Vital statistics of India. Vol. IV, Annual returns from 1871 to 1876. British Army of India, Native Army and jails of Bengal
Year: 1871
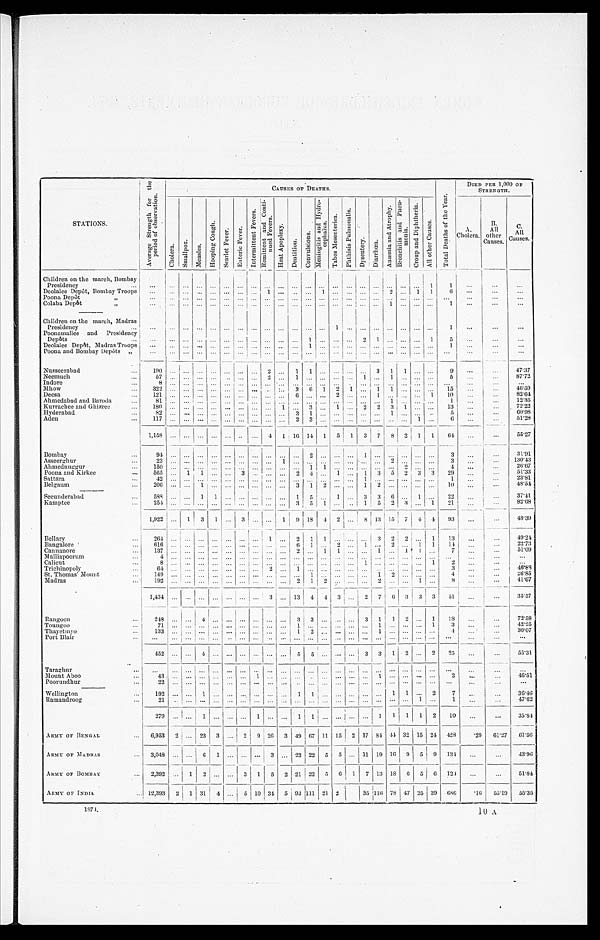
S T A T I O N S .
A v e r a g e S t r e n g t h f o r t h e p e r i o d o f o b s e r v a t i o n .
CAUSES OF DEATHS.
T o t a l D e a t h s o f t h e Y e a r .
DIED PER 1,000 OF
STRENGTH.
Ch o l e r a .
S m a l l p o x .
M e a s l e s .
H o o p i n g C o u g h .
S e a r l e t F e v e r .
E n t e r i c F e v e r .
I n t e r m i t t e n t F e v e r s . R e m i t t e n t a n d C o n t i - n u e d F e v e r s .
H e a t A p o p l e x y .
D e n t i t i o n . Co n v u l s i o n s .
M e n i n g i t i s a n d H y d r o - c e p h a l u s .
T a b e s M e s e n t e r i c a .
P h t h i s i s P u l m o n a l i s .
Dys e nt e r y.
D i a r r h œ a .
A n æ m i a a n d A t r o p h y .
B r o n c h i t i s a n d P n e u - m o n i a .
C r o u p a n d D i p h t h e r i a .
A l l o t h e r C a u s e s .
A .
Cholera.
B
A l l
other
Causes.
C.
All
Causes.
Children on the march, Bombay
Presidency . . .
. . .
. . .
. . .
. . .
. . .
. . .
. . . . . .
. . .
. . .
. . . . . . . . .
. . .
. . . . . . . . .
. . . . . . . . .
1
1
. . .
. . .
. . .
Deolalee Depôt, Bombay Troops
. . .
. . .
. . .
. . .
. . .
. . . . . . . . .
1
. . .
. . .. . . 1
. . .
. . .. . . . . .
2 . . . 1
1
6
. . .
. . .
. . .
Poona Depôt "
. . .
. . .
. . .
. . .
. . .
. . . . . .
. . .
. . .
. . .
. . . . . . . . .
. . .
. . . . . . . . .
. . . . . . . . . . . .
. . .
. . .
. . .
. . .
Colaba Depôt "
. . .
. . .
. . .
. . .
. . .
. . .
. . . . . .
. . .
. . .
. . .. . . . . .
. . .
. . .. . . . . .
1 . . . . . . . . .
1
. . .
. . .
. . .
Children on the march, Madras
Presidency . . .
. . .
. . .
. . .
. . .
. . .
. . .
. . . . . .
. . .
. . .
. . . . . . . . .
1
. . . . . . . . .
. . . . . . . . . . . .
1
. . .
. . .
. . .
Poonamallee and Presidency
Depôts . . .
. . .
. . .
. . .
. . .
. . .
. . .
. . . . . .
. . .
. . .
. . .
1
. . .
. . .
. . .2
1
. . .. . . . . . 1
5
. . .
. . .
. . .
Deolalee Depôt, Madras Troops
. . .
. . .
. . .
. . .
. . .
. . .
. . . . . .
. . .
. . .
. . . 1 . . .
. . .
. . . . . . . . .
. . . . . . . . . . . .
1
. . .
. . .
. . .
Poona and Bombay Depôts "
. . . . . .
. . .
. . .
. . .
. . . . . . . . .
. . .
. . .
. . . . . . . . .
. . .
. . . . . . . . .
. . . . . . . . . . . .
. . .
. . .
. . .
. . .
Nusseerabad . . .
1 9 0 . . .
. . .
. . .
. . .
. . .
. . . . . .
2
. . .
1 1
. . .
. . .
. . .. . . 3
1 1
. . . . . .
9 . . .
. . .
47.37
Neemuch . . .
5 7 . . .
. . .
. . .. . .
. . .
. . . . . .
2
. . .1
. . . . . .
. . .
. . .1
. . .
1 . . . . . . . . .
5
. . .
. . .
87.72
Indore . . .
8 . . .
. . .
. . .
. . .
. . .
. . . . . .
. . .
. . .
. . .. . . . . .
. . .
. . .. . . . . .
. . .. . . . . . . . .
. . .
. . .
. . .
. . .
Mhow . . .
322 . . .
. . .
. . .
. . .
. . .
. . . . . .
. . .
. . . 3
6
1
2
1 . . .
1
1 . . . . . .
. . .
15
. . .
. . .
46.59
D e e s a . . .
1 2 1 . . .
. . .
. . .
. . .
. . .
. . . . . .
. . .
. . .
6 . . .
. . .
2
. . .. . .
1
. . .. . . . . . 1
1 0
. . .
. . .
82.64
Ahmedabad and Baroda . . .
8 1
. . .
. . .
. . .
. . .
. . .
. . . . . .
. . .
. . .
. . .. . .
. . .
. . .
. . .. . .
. . .
1 . . . . . . . . .
1
. . .
. . .
12.35
Kurrachee and Ghizree . . .
1 8 0. . .
. . .
. . .
. . .
. . .
. . . . . .
. . .
1
. . .3
. . .
1
. . .2
2
3 1
. . . . . .
1 3
. . .
. . .
72. 22
Hyderabad . . .
8 2
. . .
. . .
. . .
. . .
. . .
. . . . . .
. . .
. . .
3 1
. . .
. . .
. . . . . .
. . .
1 . . . . . . . . .
5
. . .
. . .
60.98
Aden . . .
1 1 7. . .
. . .
. . .
. . .
. . .
. . . . . .
. . .
. . .
2 3
. . .
. . .
. . .. . .
. . .
. . .. . . 1
. . .
6
. . .
. . .
51.28
1,158
. . .
. . . . . .
. . .
. . . . . . . . .
4
1 16 14
1
5
1
3
7
8
2
1
1
6 4
. . .
. . .
55.27
Bombay . . .
9 4 . . .
. . .
. . .
. . .
. . .
. . .. . .
. . .
. . .
. . .
2
. . .
. . .
. . .1
. . .
. . .
. . .
. . .. . .
3
. . .
. . . 31.91
Asseerghur . . . 23
. . .
. . .
. . .
. . .
. . .
. . .. . .
. . .
1
. . .
. . .
. . .
. . .
. . .. . . . . .
2
. . .
. . .. . .
3
. . .
. . . 130.43
Ahmednuggur . . .
150
. . .
. . .
. . .
. . .
. . .
. . .. . .
. . .
. . .
. . .
1
1
. . .
. . .. . . . . .
. . .
2
. . .. . .
4
. . .
. . . 26.67
Poona and Kirkee . . .
565
. . .
1
1
. . .
. . . 3 . . .
. . .
. . . 2
4
. . . 1
. . . 1
3
5
2 3
3
2 9
. . .
. . .
51.33
Sattara . . .
42
. . .
. . .
. . .
. . .
. . .
. . .. . .
. . .
. . .
. . .
. . .
. . .
. . .
. . .1
. . .
. . .
. . .
. . .. . .
1
. . .
. . . 23.81
Belgaum . . .
206 . . .
. . .
1
. . .
. . .
. . .. . .
. . .
. . .
3
1
2
. . .
. . .1
2
. . .
. . .
. . .. . .
1 0
. . .
. . . 48.54
Secunderabad . . .
588
. . .
. . . 1
1
. . .
. . .
. . .
. . .
. . . 1
5 . . .
1
. . . 3
3
6
. . . 1
. . .
22
. . .
. . . 37.41
Kamptee . . .
254
. . .
. . .
. . .
. . .
. . .
. . .. . .
. . .
. . .
3 5 1
. . .
. . .1
5
2 3
. . .1
2 1
. . .
. . .
82.68
1,922
. . . 1
3
1
. . . 3
. . .
. . . 1
9 18 4
2
. . . 8 13 15
7
4 4
93
. . .
. . . 48.39
Bellary . . .
264
. . .
. . .
. . .
. . .
. . .
. . .
. . . 1
. . .
2
1
1
. . . . . . . . .
3
2
2
. . . 1
13
. . .
. . .
49.24
Bangalore . . .
6 1 6
. . .
. . .
. . .
. . .
. . .
. . .
. . .
. . .
. . .
6
1
. . .
2 . . . 1
. . .
2
. . .
1
1
1 4
. . .
. . .
22.73
Cannanore . . .
1 3 7
. . .
. . .
. . .
. . .
. . .
. . .
. . .
. . .
. . .
2
. . .
1
1 . . . . . .
1
. . .
1
1
. . .
7
. . .
. . .
51.09
Malliapoorum . . .
4
. . .
. . .
. . .
. . .
. . .
. . .
. . .
. . .
. . .
. . .
. . .
. . .
. . .. . . . . .
. . .
. . .
. . .
. . .
. . .
. . .
. . .
. . .
. . .
Calicut
8
. . .
. . .
. . .
. . .
. . .
. . .
. . .
. . .
. . .
. . .
. . .
. . .
. . . . . .1
. . .
. . .
. . .
. . .
1
2
. . .
. . .
. . .
Trichinopoly . . .
6 4
. . .
. . .
. . .
. . .
. . .
. . .
. . .
2
. . .
1
. . .
. . .
. . .. . .
. . .
. . .
. . .
. . .
. . .
. . .
3
. . .
. . .
46.88
St. Thomas' Mount . . .
1 4 9
. . .
. . .
. . .
. . .
. . .
. . .
. . .
. . .
. . .
. . .
1
. . .
. . .. . .
. . .
1
2
. . .
. . .
. . .
4
. . .
. . .
26.85
Madra . . .
1 9 2
. . .
. . .
. . .
. . .
. . .
. . .
. . .
. . .
. . .
2
1
2
. . .. . .
. . .
2
. . .
. . .
1
. . .
8
. . .
. . .
41.67
1,434
. . .
. . .
. . .
. . .
. . .
. . .
. . . 3
. . . 13
4
4 3 . . .
2
7
6
3
3
3
51
. . .
. . .
35.57
Rangoon . . .
2 4 8
. . .
. . .
4
. . .
. . .
. . .
. . .
. . .
. . .
3
3
. . .
. . .. . .
3
1
1
2
. . .
1
1 8
. . .
. . .
72.58
Toungoo . . .
7 1
. . .
. . .
. . .
. . .
. . .
. . .
. . .
. . .
. . .
1 . . .
. . .
. . .. . . . . .
1
. . .
. . .
. . .
1
3
. . .
. . .
42.25
Thayetmyo . . .
1 3 3
. . .
. . .
. . .
. . .
. . .
. . .
. . .
. . .
. . .
1 2
. . .
. . .. . . . . .
1
. . .
. . .
. . .
. . .
4
. . .
. . .
30.07
Port Blair . . .
. . .
. . .
. . .
. . .
. . .
. . .
. . .
. . .
. . .
. . .
. . . . . .
. . .
. . . . . .
. . .
. . .
. . .
. . .
. . .
. . .
. . .
. . .
. . .
. . .
4 5 2
. . .
. . .
4
. . .
. . .
. . .
. . .
. . .
. . .
5 5
. . .
. . .. . .
3
3
1
2
. . .
2
2 5
. . .
. . .
55.31
Taraghur . . .
. . .
. . .
. . .
. . .
. . .
. . .
. . .
. . .
. . .
. . .
. . . . . .
. . .
. . .
. . .
. . .
. . .
. . .
. . .
. . .
. . .
. . .
. . .
. . .
. . .
Mount Aboo . . .
4 3
. . .
. . .
. . .
. . .
. . .
. . .
1
. . .
. . .
. . .. . .
. . .
. . .. . .
. . .
1
. . .
. . .
. . .
. . .
2 . . .
. . .
46.51
Poorundhur . . .
2 2
. . .
. . .
. . .
. . .. . .
. . .
. . .
. . .
. . .
. . .. . .
. . .
. . .. . .
. . .
. . .
. . .
. . .
. . .
. . .
. . .
. . .
. . .
. . .
Wellington . . .
1 9 2
. . .
. . .
1
. . .
. . .
. . .
. . .
. . .
. . .
1 1
. . .
. . .. . .
. . .
. . .1
1
. . .
2
7
. . .
. . .
36.46
Ramandroog . . .
2 1
. . .
. . .
. . .
. . .
. . .
. . .
. . .
. . .
. . .
. . . . . .
. . .
. . . . . .
. . .
. . .
. . .
. . .
1
. . .
1
. . .
. . .
47.62
2 7 9
. . .
. . .
1
. . .
. . .
. . .
1
. . .
. . .
1 1
. . .
. . .
. . .
. . .
1
1
1
1
2
10
. . .
. . .
35.84
ARMY OF BENGAL . . .
6,953
2
. . . 23
3
. . . 2
9 26
3 49 67 11 15
2
1 7
8 4 44 32 15 24
4 2 8
.29
61.27
61.56
AEMY OF MADRAS . . .
3,048
. . .
. . .
6 1
. . .
. . .
. . .
3
. . . 23 22
5
5
. . . 11 19 16
9
5
9
134
. . .
. . .
43.96
ARMY OF BOMBAY . . .
2,392
. . . 1
2
. . .
. . . 3
1
5
2 21 22
5
6 1
7 13
1 8 6
5
6
124
. . .
. . .
51.84
ARMY OF INDIA . . . 12,393
2
1 31
4
. . . 5 10 34 5 93
111
21
2
3 5
1 1 6
7 8 47 25 39
686
. 1 6
55.19
55.35
1874.
10 A